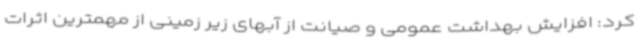
کرد: افزایش بهداشت عمومی و صیانت از آبهای زیر زمینی از مهمترین اثرات